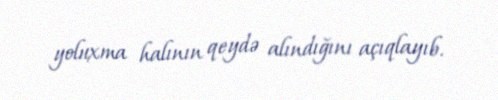
yoluxma halının qeydə alındığını açıqlayıb.